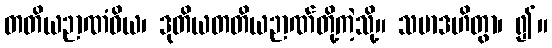
တတိယဉာဏံဝိယ၊ ဒုတိယတတိယဉာဏ်တို့ကဲ့သို့။ သမာဒဟိတွာ၊ ၍။